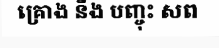
គ្រោង នឹង បញ្ចុះ សព